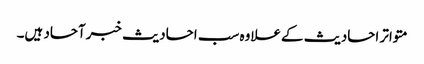
متواتر احادیث کےعلاوہ سب احادیث خبرآحاد ہیں۔